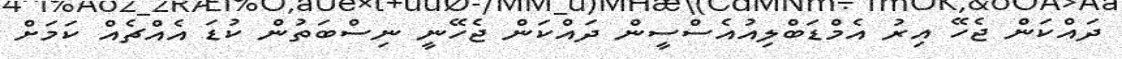
ދައްކަން ޖެހޭ އިރު އެމްޑަބްލިއުއެސްސީން ދައްކަން ޖެހޭނީ ނިސްބަތުން ކުޑަ އެއްޗެއް ކަމަށް